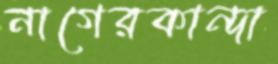
নাগেরকান্দা